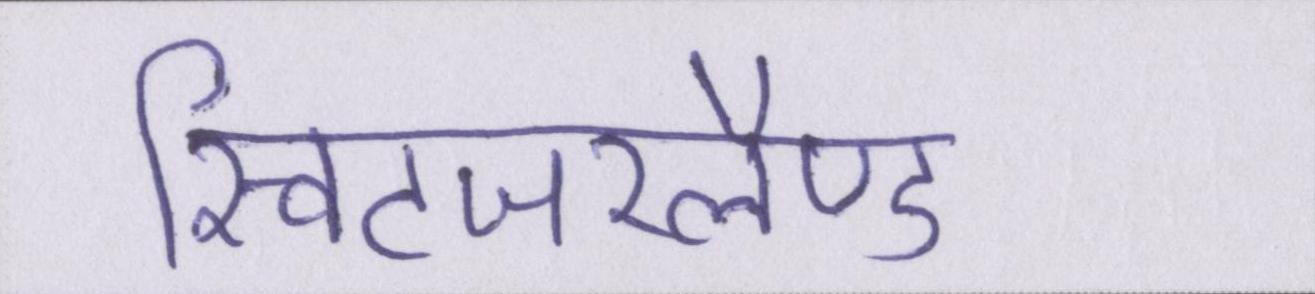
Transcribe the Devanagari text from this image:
स्विटजरलैण्ड